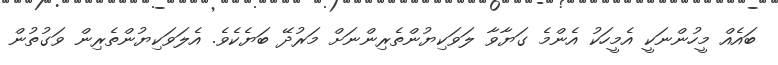
ބައެއް މީހުންނަކީ އެމީހަކު އެންމެ ގަޔާވާ ލަވަކިޔުންތެރިންނަށް މަރުދޭ ބަޔެކެވެ. އެލަވަކިޔުންތެރިން ވަގުތުން